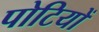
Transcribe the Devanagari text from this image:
पोटियों